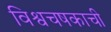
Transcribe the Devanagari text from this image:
विश्वचषकाची